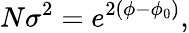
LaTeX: N\sigma^{2}=e^{2(\phi-\phi_{0})},